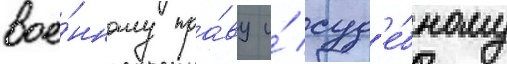
вое́нному пра́ву и́ суд'е́бному